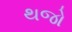
થજો